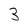
Character: 3